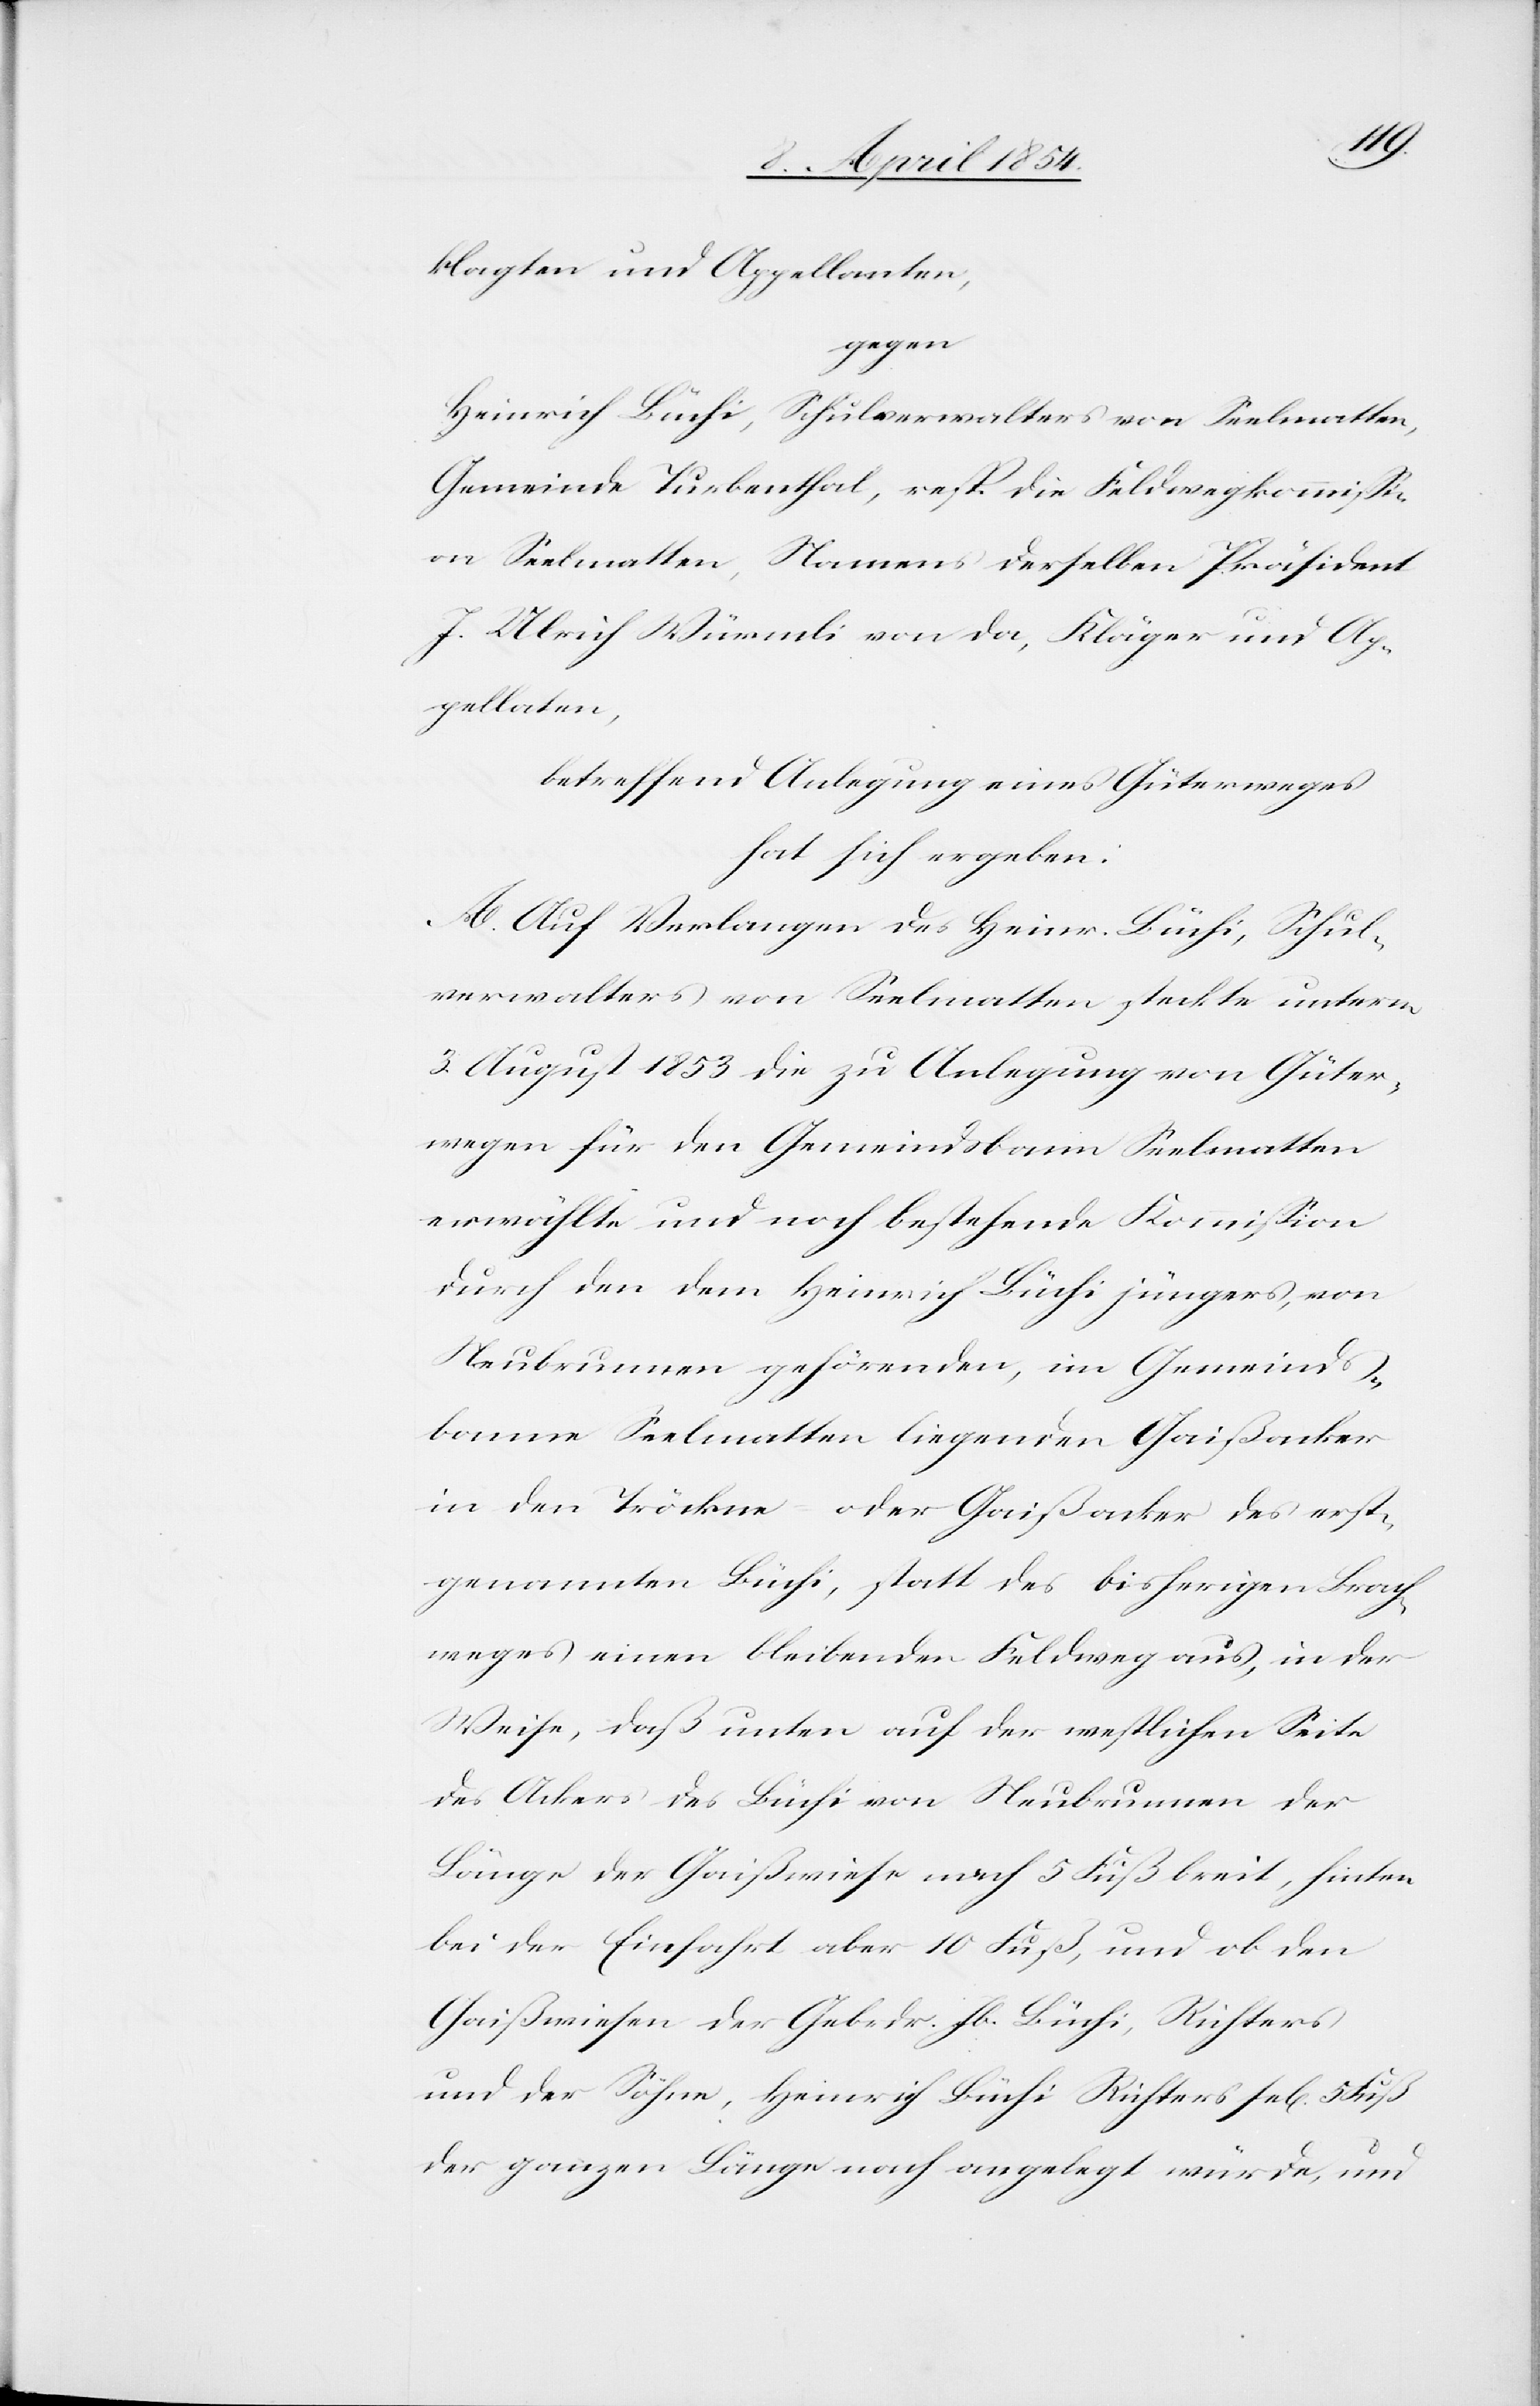
klagten und Appellanten,
gegen
Heinrich Büchi, Schulverwalters von Seelmatten,
Gemeinde Turbenthal, resp. die Feldwegkommißi¬
on Seelmatten, Namens derselben Präsident
J. Ulrich Würmli von da, Kläger und Ap¬
pellaten,
betreffend Anlegung eines Güterweges
hat sich ergeben:
A. Auf Verlangen des Heinr. Büchi, Schul¬
verwalters von Seelmatten steckte unterm
3. August 1853 die zu Anlegung von Güter¬
wegen für den Gemeindsbann Seelmatten
erwählte und noch bestehende Kommißion
durch den dem Heinrich Büchi jüngers, von
Neubrunnen gehörenden, im Gemeinds¬
banne Seelmatten liegenden Gaißenacker
in den Tröckne- oder Gaißenacker des erst¬
genannten Büchi, statt des bisherigen Brach¬
weges einen bleibenden Feldweg aus, in der
Weise, daß unten auf der westlichen Seite
des Ackers des Büchi von Neubrunnen der
Länge der Gaißwiese nach 5 Fuß breit, hinten
bei der Einfahrt aber 10 Fuß, und ob den
Gaißwiesen der Gebrdr. Jb. Büchi, Richters
und der Söhne, Heinrich Büchi Richters sel. 5 Fuß
der ganzen Länge nach angelegt wurde, und